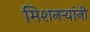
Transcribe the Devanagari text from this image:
मिशनर्‍यांनी